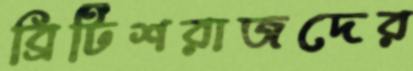
ব্রিটিশরাজদের